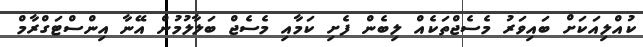
ކުއްލިއަކަށް ބައިވަރު މެސެޖްތަކެއް ލިބެން ފެށި ކަމާއި މެސެޖް ބަލާލުމުން އޭނާ އިންސްޓަގްރާމް